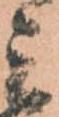
ミ